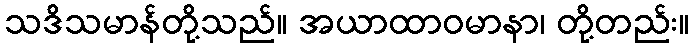
သဒိသမာန်တို့သည်။ အယာထာဝမာနာ၊ တို့တည်း။